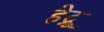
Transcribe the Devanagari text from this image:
हेद्रू